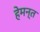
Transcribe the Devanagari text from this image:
हेमन्‍त